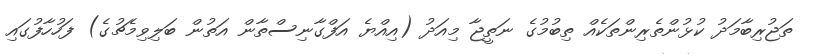
ތަޖުރިބާމަދު ކުޅުންތެރިންތަކެއް ތިބުމުގެ ނަތީޖާ މިއަދު (އިއްޔެ އަފްގާނިސްތާން އަތުން ބަލިވިމެޗުގެ) ފަހުހާފުގައި